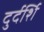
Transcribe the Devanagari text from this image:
दुर्दर्शि